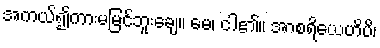
အကယ်၍ကားမမြင်ဘူးချေ။ မေ၊ ငါ၏။ အာစရိယေဟိပိ၊